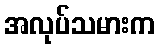
အလုပ်သမားက